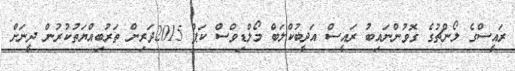
ރައީސްގެ ލޯންޗުގެ ގޮވުންނައިބު ރައީސް އަދީބުކްލަބް މޯލްޑިވްސް ކަޕް 2015ދަރިން ތަރުބިއްޔަތުކުރުން ދީނަށް